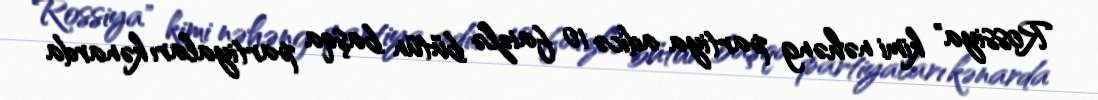
Rossiya" kimi nəhəng partiya adicə 10 faizlə bütün başqa partiyaları kənarda